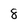
Character: 8